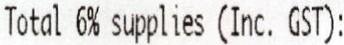
TOTAL 6% SUPPLIES (INC. GST):